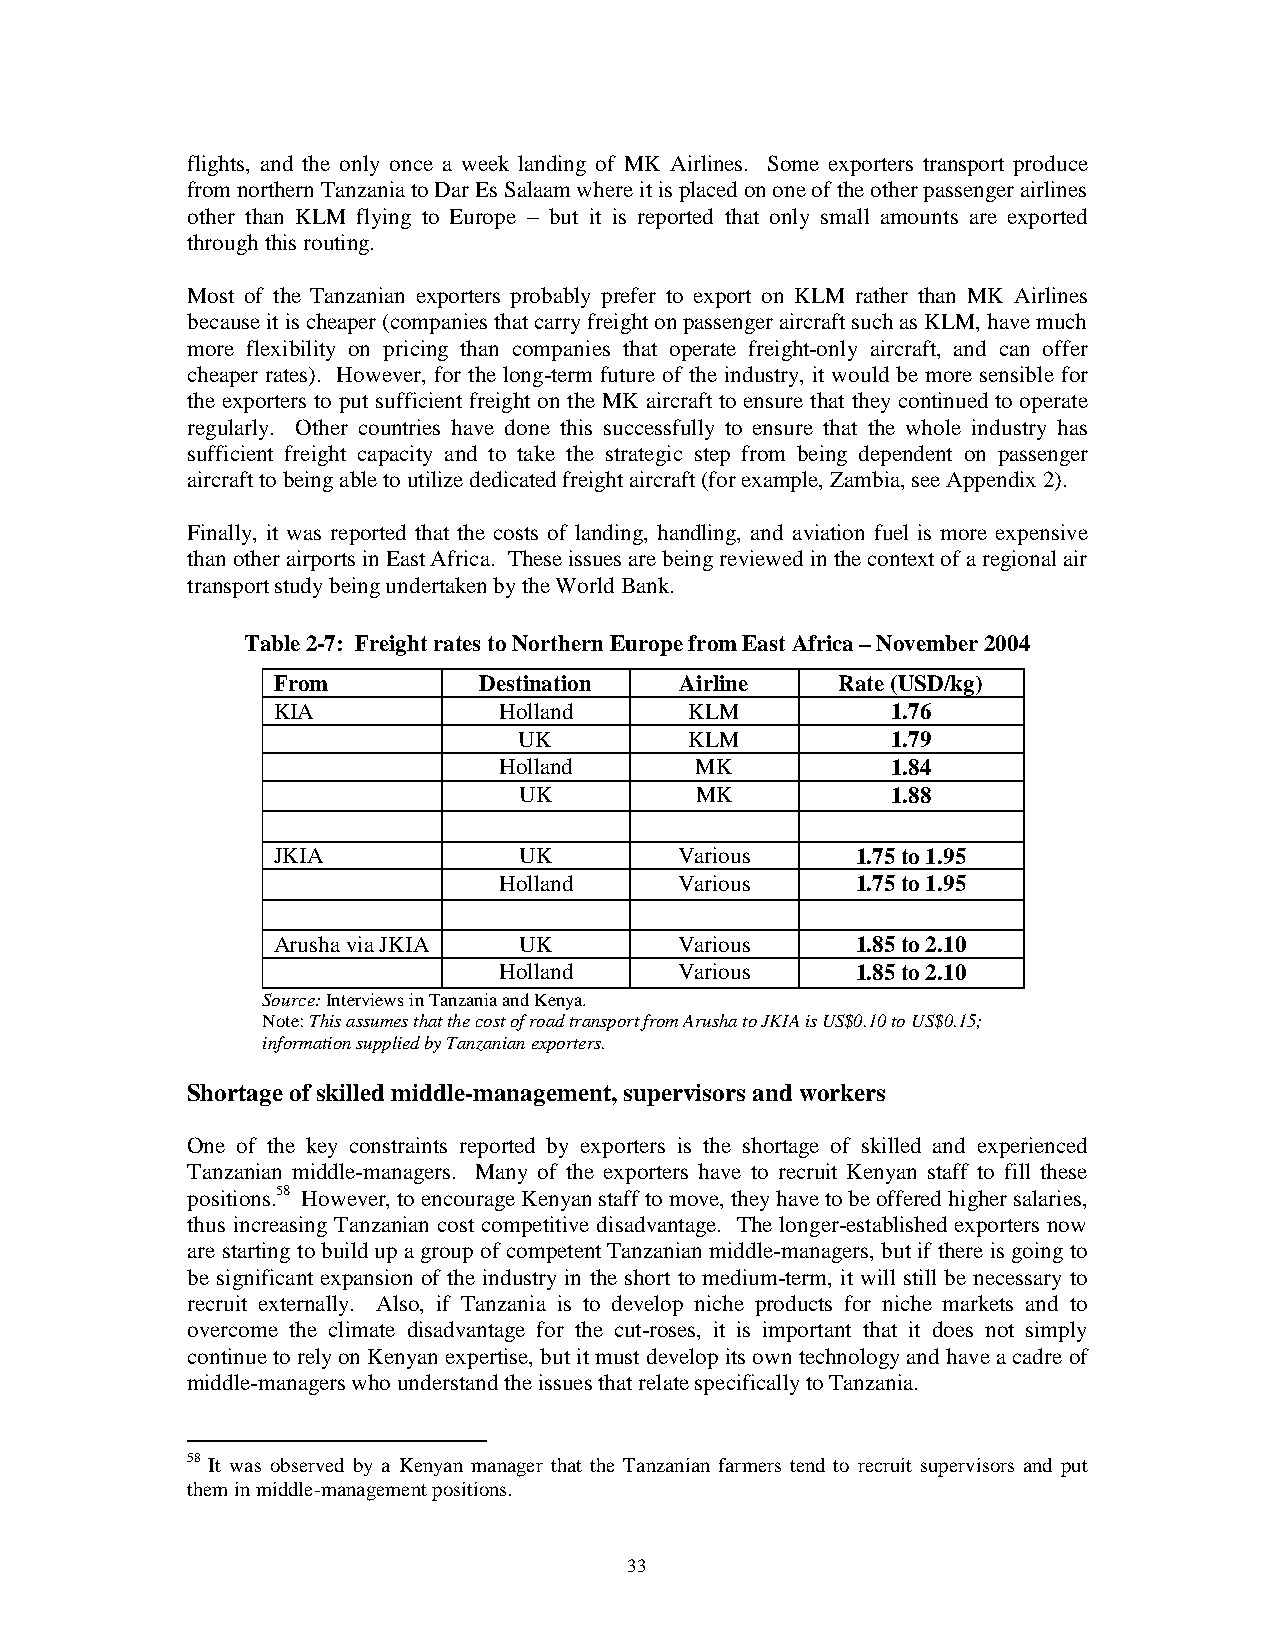
flights, and the only once a week landing of MK Airlines. Some exporters transport produce
 from northern Tanzania to Dar Es Salaam where it is placed on one of the other passenger airlines
 other than KLM flying to Europe – but it is reported that only small amounts are exported
 through this routing.
 Most of the Tanzanian exporters probably prefer to export on KLM rather than MK Airlines
 because it is cheaper (companies that carry freight on passenger aircraft such as KLM, have much
 more flexibility on pricing than companies that operate freight-only aircraft, and can offer
 cheaper rates). However, for the long-term future of the industry, it would be more sensible for
 the exporters to put sufficient freight on the MK aircraft to ensure that they continued to operate
 regularly. Other countries have done this successfully to ensure that the whole industry has
 sufficient freight capacity and to take the strategic step from being dependent on passenger
 aircraft to being able to utilize dedicated freight aircraft (for example, Zambia, see Appendix 2).
 Finally, it was reported that the costs of landing, handling, and aviation fuel is more expensive
 than other airports in East Africa. These issues are being reviewed in the context of a regional air
 transport study being undertaken by the World Bank.
 Table 2-7: Freight rates to Northern Europe from East Africa – November 2004
 From          Destination  Airline    Rate (USD/kg)
 KIA            Holland      KLM          1.76
 UK          KLM          1.79
 Holland      MK           1.84
 UK          MK           1.88
 JKIA            UK         Various     1.75 to 1.95
 Holland     Various     1.75 to 1.95
 Arusha via JKIA UK         Various     1.85 to 2.10
 Holland     Various     1.85 to 2.10
 Source: Interviews in Tanzania and Kenya.
 Note: This assumes that the cost of road transport from Arusha to JKIA is US$0.10 to US$0.15;
 information supplied by Tanzanian exporters.
 Shortage of skilled middle-management, supervisors and workers
 One of the key constraints reported by exporters is the shortage of skilled and experienced
 Tanzanian middle-managers. Many of the exporters have to recruit Kenyan staff to fill these
 positions.58 However, to encourage Kenyan staff to move, they have to be offered higher salaries,
 thus increasing Tanzanian cost competitive disadvantage. The longer-established exporters now
 are starting to build up a group of competent Tanzanian middle-managers, but if there is going to
 be significant expansion of the industry in the short to medium-term, it will still be necessary to
 recruit externally. Also, if Tanzania is to develop niche products for niche markets and to
 overcome the climate disadvantage for the cut-roses, it is important that it does not simply
 continue to rely on Kenyan expertise, but it must develop its own technology and have a cadre of
 middle-managers who understand the issues that relate specifically to Tanzania.
 58 It was observed by a Kenyan manager that the Tanzanian farmers tend to recruit supervisors and put
 them in middle-management positions.
 33